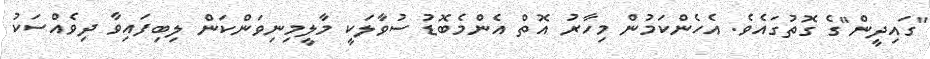
"ގައިދީން"ގެ ގޮތުގައެވެ. އެހެންކަމުން މިހާރު އޮތް އެންމެބޮޑު ސުވާލަކީ މާލީމިނިވަންކަން ލިބިފައިވާ ދިވެއްސަކު